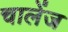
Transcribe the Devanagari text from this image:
चालेंज